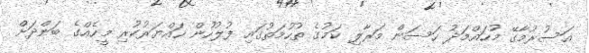
އަސުރުމާގޭ މުހައްމަދު ހަސަން މަރާލި ކަމުގެ ތުހުމަތުގައި ފުލުހުން ހައްޔަރުކުރި މީހެއްގެ ބަންދަށް